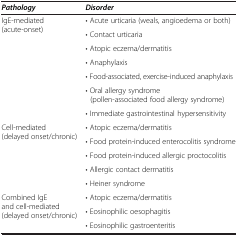
<table><thead><tr><td><b><i>Pathology</i></b></td><td><b><i>Disorder</i></b></td></tr></thead><tbody><tr><td rowspan="7">IgE-mediated (acute-onset)</td><td>• Acute urticaria (weals, angioedema or both)</td></tr><tr><td>• Contact urticaria</td></tr><tr><td>• Atopic eczema/dermatitis</td></tr><tr><td>• Anaphylaxis</td></tr><tr><td>• Food-associated, exercise-induced anaphylaxis</td></tr><tr><td>• Oral allergy syndrome(pollen-associated food allergy syndrome)</td></tr><tr><td>• Immediate gastrointestinal hypersensitivity</td></tr><tr><td rowspan="5">Cell-mediated (delayed onset/chronic)</td><td>• Atopic eczema/dermatitis</td></tr><tr><td>• Food protein-induced enterocolitis syndrome</td></tr><tr><td>• Food protein-induced allergic proctocolitis</td></tr><tr><td>• Allergic contact dermatitis</td></tr><tr><td>• Heiner syndrome</td></tr><tr><td rowspan="3">Combined IgE and cell-mediated (delayed onset/chronic)</td><td>• Atopic eczema/dermatitis</td></tr><tr><td>• Eosinophilic oesophagitis</td></tr><tr><td>• Eosinophilic gastroenteritis</td></tr></tbody></table>